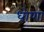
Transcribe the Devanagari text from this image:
धोणा